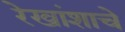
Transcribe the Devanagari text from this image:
रेखांशाचे